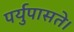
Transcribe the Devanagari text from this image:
पर्युपासते।